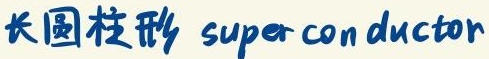
长圆柱形 superconductor